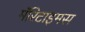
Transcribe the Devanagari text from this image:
मॅरिटाइमस